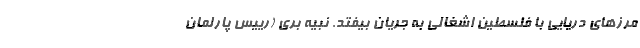
مرزهای دریایی با فلسطین اشغالی به جریان بیفتد. نبیه بری (رییس پارلمان